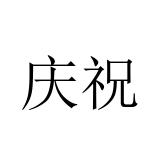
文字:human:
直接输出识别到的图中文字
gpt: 庆祝